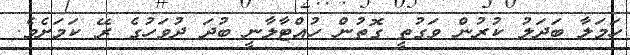
ހަމަލާ ބަދަލު ކުރުން ވަގުތީ ގޮތުން ހުއްޓާލާނީ ބުދަ ދުވަހުގެ ރޭ ކަމަށެވެ.